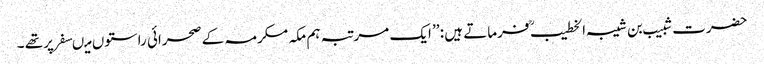
حضرت شبیب بن شیبہ الخطیب ؒ فرماتے ہیں : ’’ ایک مرتبہ ہم مکہ مکرمہ کے صحرائی راستوں میںسفر پرتھے ۔